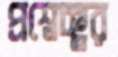
প্রশ্নেচ্ছুর